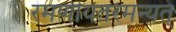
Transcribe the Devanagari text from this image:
रमणीयतरमन्यत्